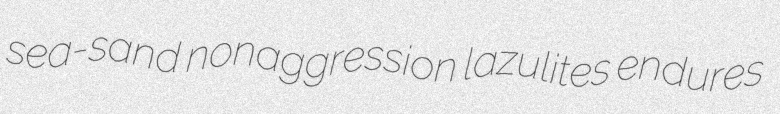
sea-sand nonaggression lazulites endures